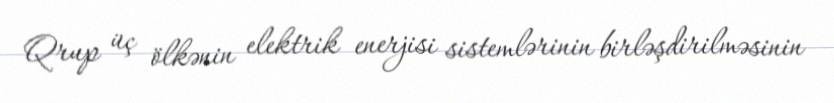
Qrup üç ölkənin elektrik enerjisi sistemlərinin birləşdirilməsinin